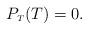
LaTeX: \begin{align*} P_{\scriptscriptstyle T}(T)=0. \end{align*}